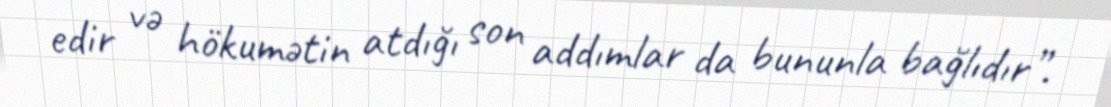
edir və hökumətin atdığı son addımlar da bununla bağlıdır”.